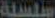
سلسلة